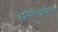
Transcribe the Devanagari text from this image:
हेमिमेटाबोला